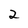
Character: 2